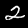
Label: 2